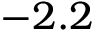
- 2 . 2